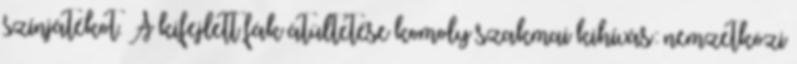
színjátékot. A kifejlett fák átültetése komoly szakmai kihívás: nemzetközi